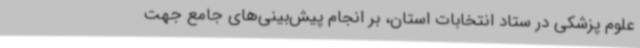
علوم پزشکی در ستاد انتخابات استان، بر انجام پیش‌بینی‌های جامع جهت